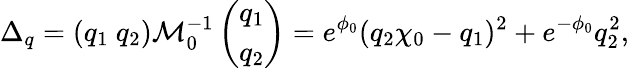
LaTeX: \Delta_{q}=(q_{1}\ q_{2})\mathcal{M}_{0}^{-1}\left(\begin{array}{c}{{q_{1}}}\\ {{q_{2}}}\end{array}\right)=e^{\phi_{0}}(q_{2}\chi_{0}-q_{1})^{2}+e^{-\phi_{0}}q_{2}^{2},